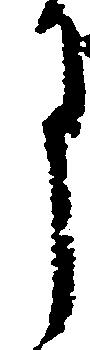
月